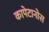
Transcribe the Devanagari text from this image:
कापेटानोस